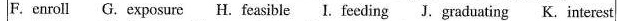
F. enroll G.exposure H. feasible I. feeding J. graduating K. interest